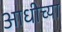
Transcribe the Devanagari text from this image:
आधीच्‍या